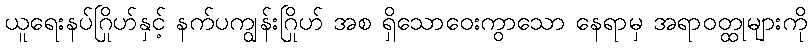
ယူရေးနပ်ဂြိုဟ်နှင့် နက်ပကျွန်းဂြိုဟ် အစ ရှိသောဝေးကွာသော နေရာမှ အရာဝတ္ထုများကို